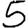
Digit: 5